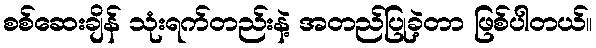
စစ်ဆေးချိန် သုံးရက်တည်းနဲ့ အတည်ပြုခဲ့တာ ဖြစ်ပါတယ်။